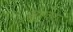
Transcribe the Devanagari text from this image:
सुरवरः